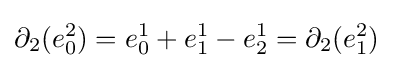
\partial _{2}(e_{0}^{2})=e_{0}^{1}+e_{1}^{1}-e_{2}^{1}=\partial _{2}(e_{1}^{2})